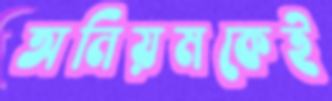
অনিয়মকেই